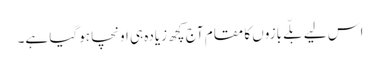
اس لیے بلّے بازوں کا مقام آج کچھ زیادہ ہی اونچا ہوگیا ہے۔